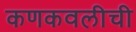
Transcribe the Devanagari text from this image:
कणकवलीची